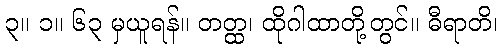
၃။ ၁။ ၆၃ မှယူရန်။ တတ္ထ၊ ထိုဂါထာတို့တွင်။ ဓီရာတိ၊